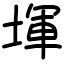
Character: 堚